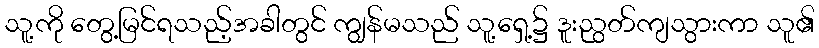
သူ့ကို တွေ့မြင်ရသည့်အခါတွင် ကျွန်မသည် သူ့ရှေ့၌ ဒူးညွတ်ကျသွားကာ သူ၏